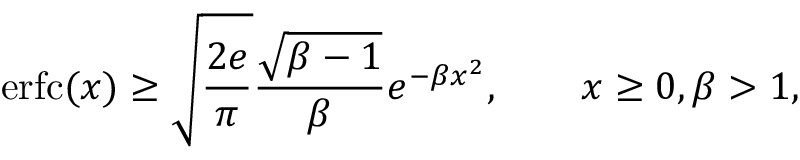
\operatorname { e r f c } ( x ) \geq { \sqrt { \frac { 2 e } { \pi } } } { \frac { \sqrt { \beta - 1 } } { \beta } } e ^ { - \beta x ^ { 2 } } , \qquad x \geq 0 , \beta > 1 ,